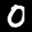
Label: 0